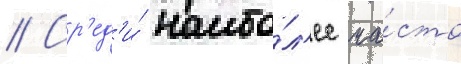
// Ср'ед'и́ наибо́л'ее ча́сто